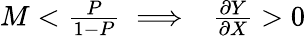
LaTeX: \begin{array}{r}{M<\frac{P}{1-P}\implies~~\frac{\partial Y}{\partial X}>0}\end{array}